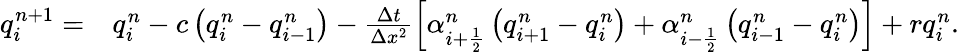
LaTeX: \begin{array}{rl}{q_{i}^{n+1}=}&{q_{i}^{n}-c\left(q_{i}^{n}-q_{i-1}^{n}\right)-\frac{\Delta t}{\Delta x^{2}}\left[\alpha_{i+\frac{1}{2}}^{n}\left(q_{i+1}^{n}-q_{i}^{n}\right)+\alpha_{i-\frac{1}{2}}^{n}\left(q_{i-1}^{n}-q_{i}^{n}\right)\right]+rq_{i}^{n}.}\end{array}